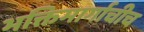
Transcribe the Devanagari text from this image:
भक्तिमार्गाचीच